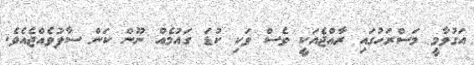
އަގުވާމީ މަސްރަހުގައި ރާއްޖެއަކީ ވެސް ވަކި ކުޑަ ގައުމެއް ނޫން ކަން ސާފުވެއްޖެއެވެ.